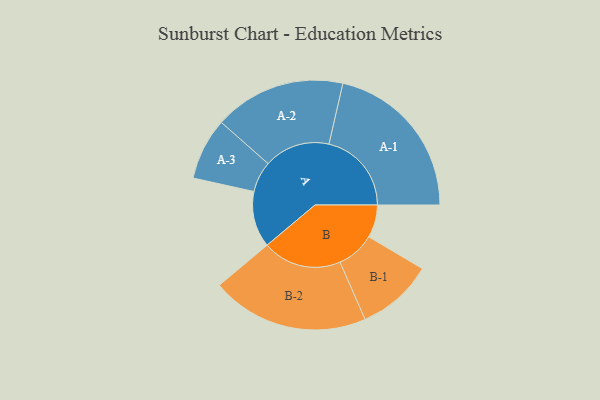
{"axis": {"x": "Segment", "y": "Value"}, "legend": ["", "A", "B"], "data": [{"x": "A", "y": 185, "type": ""}, {"x": "B", "y": 108, "type": ""}, {"x": "A-1", "y": 272, "type": "A"}, {"x": "A-2", "y": 217, "type": "A"}, {"x": "A-3", "y": 102, "type": "A"}, {"x": "B-1", "y": 126, "type": "B"}, {"x": "B-2", "y": 260, "type": "B"}]}